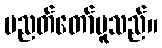
ပညတ်တော်မူသည်။